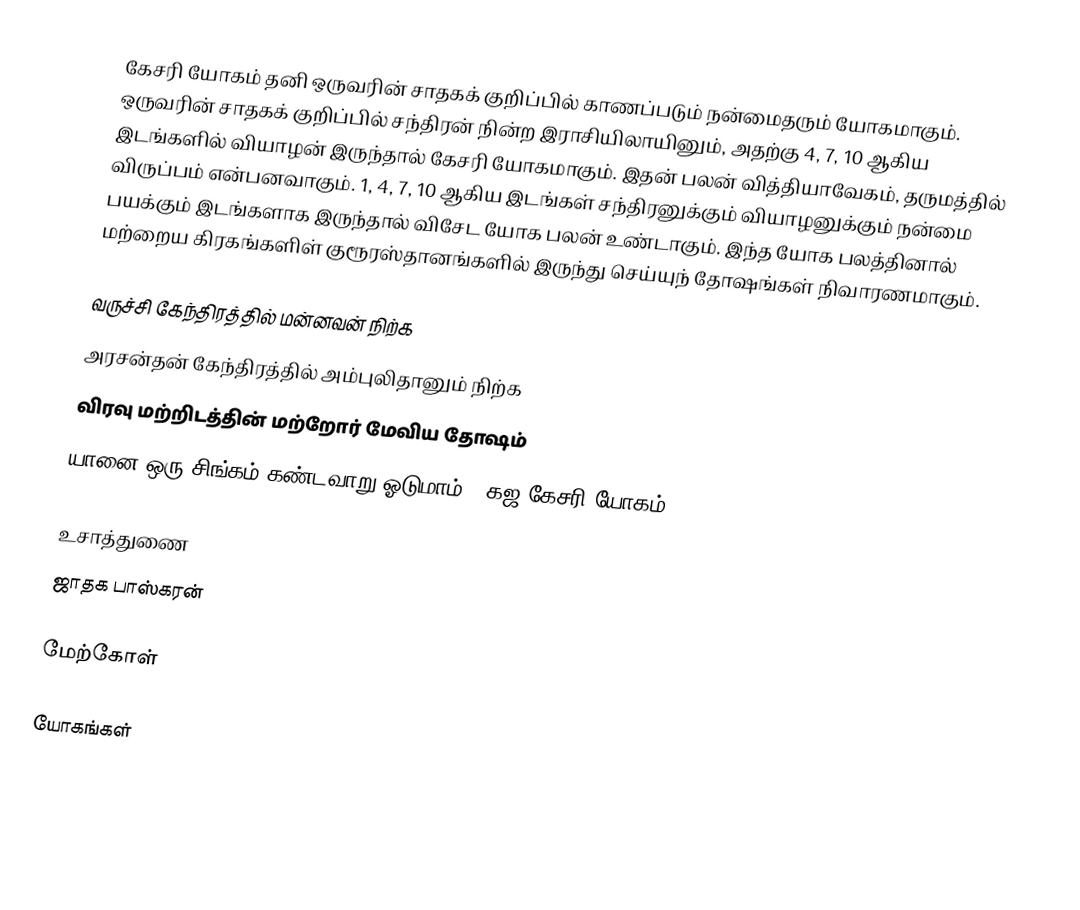
கேசரி யோகம் தனி ஒருவரின் சாதகக் குறிப்பில் காணப்படும் நன்மைதரும் யோகமாகும்.  ஒருவரின் சாதகக் குறிப்பில் சந்திரன் நின்ற இராசியிலாயினும், அதற்கு 4, 7, 10 ஆகிய இடங்களில் வியாழன் இருந்தால் கேசரி யோகமாகும். இதன் பலன் வித்தியாவேகம், தருமத்தில் விருப்பம் என்பனவாகும். 1, 4, 7, 10 ஆகிய இடங்கள் சந்திரனுக்கும் வியாழனுக்கும் நன்மை பயக்கும் இடங்களாக இருந்தால் விசேட யோக பலன் உண்டாகும். இந்த யோக பலத்தினால் மற்றைய கிரகங்களிள் குரூரஸ்தானங்களில் இருந்து செய்யுந் தோஷங்கள் நிவாரணமாகும்.

வருச்சி கேந்திரத்தில் மன்னவன் நிற்க
அரசன்தன் கேந்திரத்தில் அம்புலிதானும் நிற்க
விரவு மற்றிடத்தின் மற்றோர் மேவிய தோஷம்
யானை ஒரு சிங்கம் கண்டவாறு ஓடுமாம் - கஜ கேசரி யோகம்.

உசாத்துணை
 ஜாதக பாஸ்கரன்

மேற்கோள்

யோகங்கள்